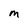
Character: M